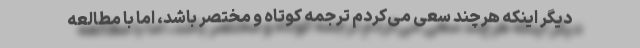
دیگر اینکه هرچند سعی می‌کردم ترجمه کوتاه و مختصر باشد، اما با مطالعه